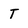
Character: T